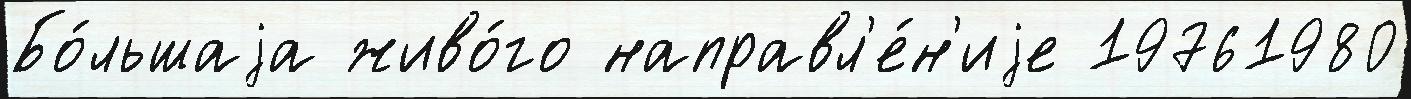
Бо́льшаjа живо́го направл'е́н'иjе 19761980